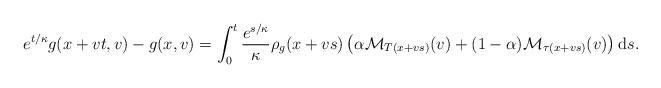
LaTeX: \begin{align*} e^{t/\kappa} g(x+vt,v) - g(x,v) = \int_0^t \frac{e^{s/\kappa}}{\kappa} \rho_g(x+vs) \left( \alpha\mathcal{M}_{T(x+vs)}(v) + (1-\alpha) \mathcal{M}_{\tau(x+vs)}(v) \right) \mathrm{d}s.\end{align*}